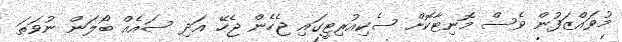
މުވައްޒަފުން ވެސް މޮނިޓާކޮށް ސެކިއުރިޓީގައި ޖެހެން ޖެހޭ އަދި ސައެއް ބޯލަން ނުވަތަ